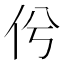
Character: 𠆵